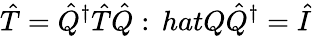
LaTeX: \hat{T}=\hat{Q}^{\dagger}\hat{T}\hat{Q}:\, hatQ\hat{Q}^{\dagger}=\hat{I}